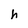
Character: h